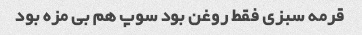
قرمه سبزی فقط روغن بود سوپ هم بی مزه بود